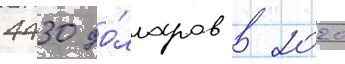
4430 до́лларов в 2020